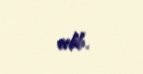
edib.